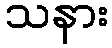
သနား